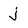
Character: j